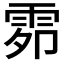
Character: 𮦍